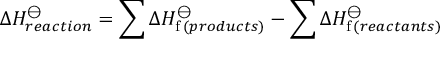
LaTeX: \Delta H _ { r e a c t i o n } ^ { \ominus } = \sum \Delta H _ { \mathrm { f } \, ( p r o d u c t s ) } ^ { \ominus } - \sum \Delta H _ { \mathrm { f } \, ( r e a c t a n t s ) } ^ { \ominus }